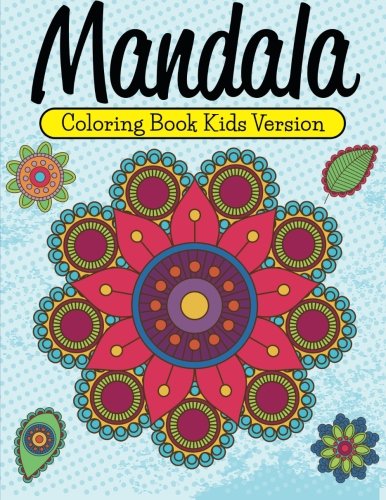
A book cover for Mandala Coloring Book Kids Version; Speedy Publishing LLC; Arts & Photography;